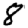
Digit: 8